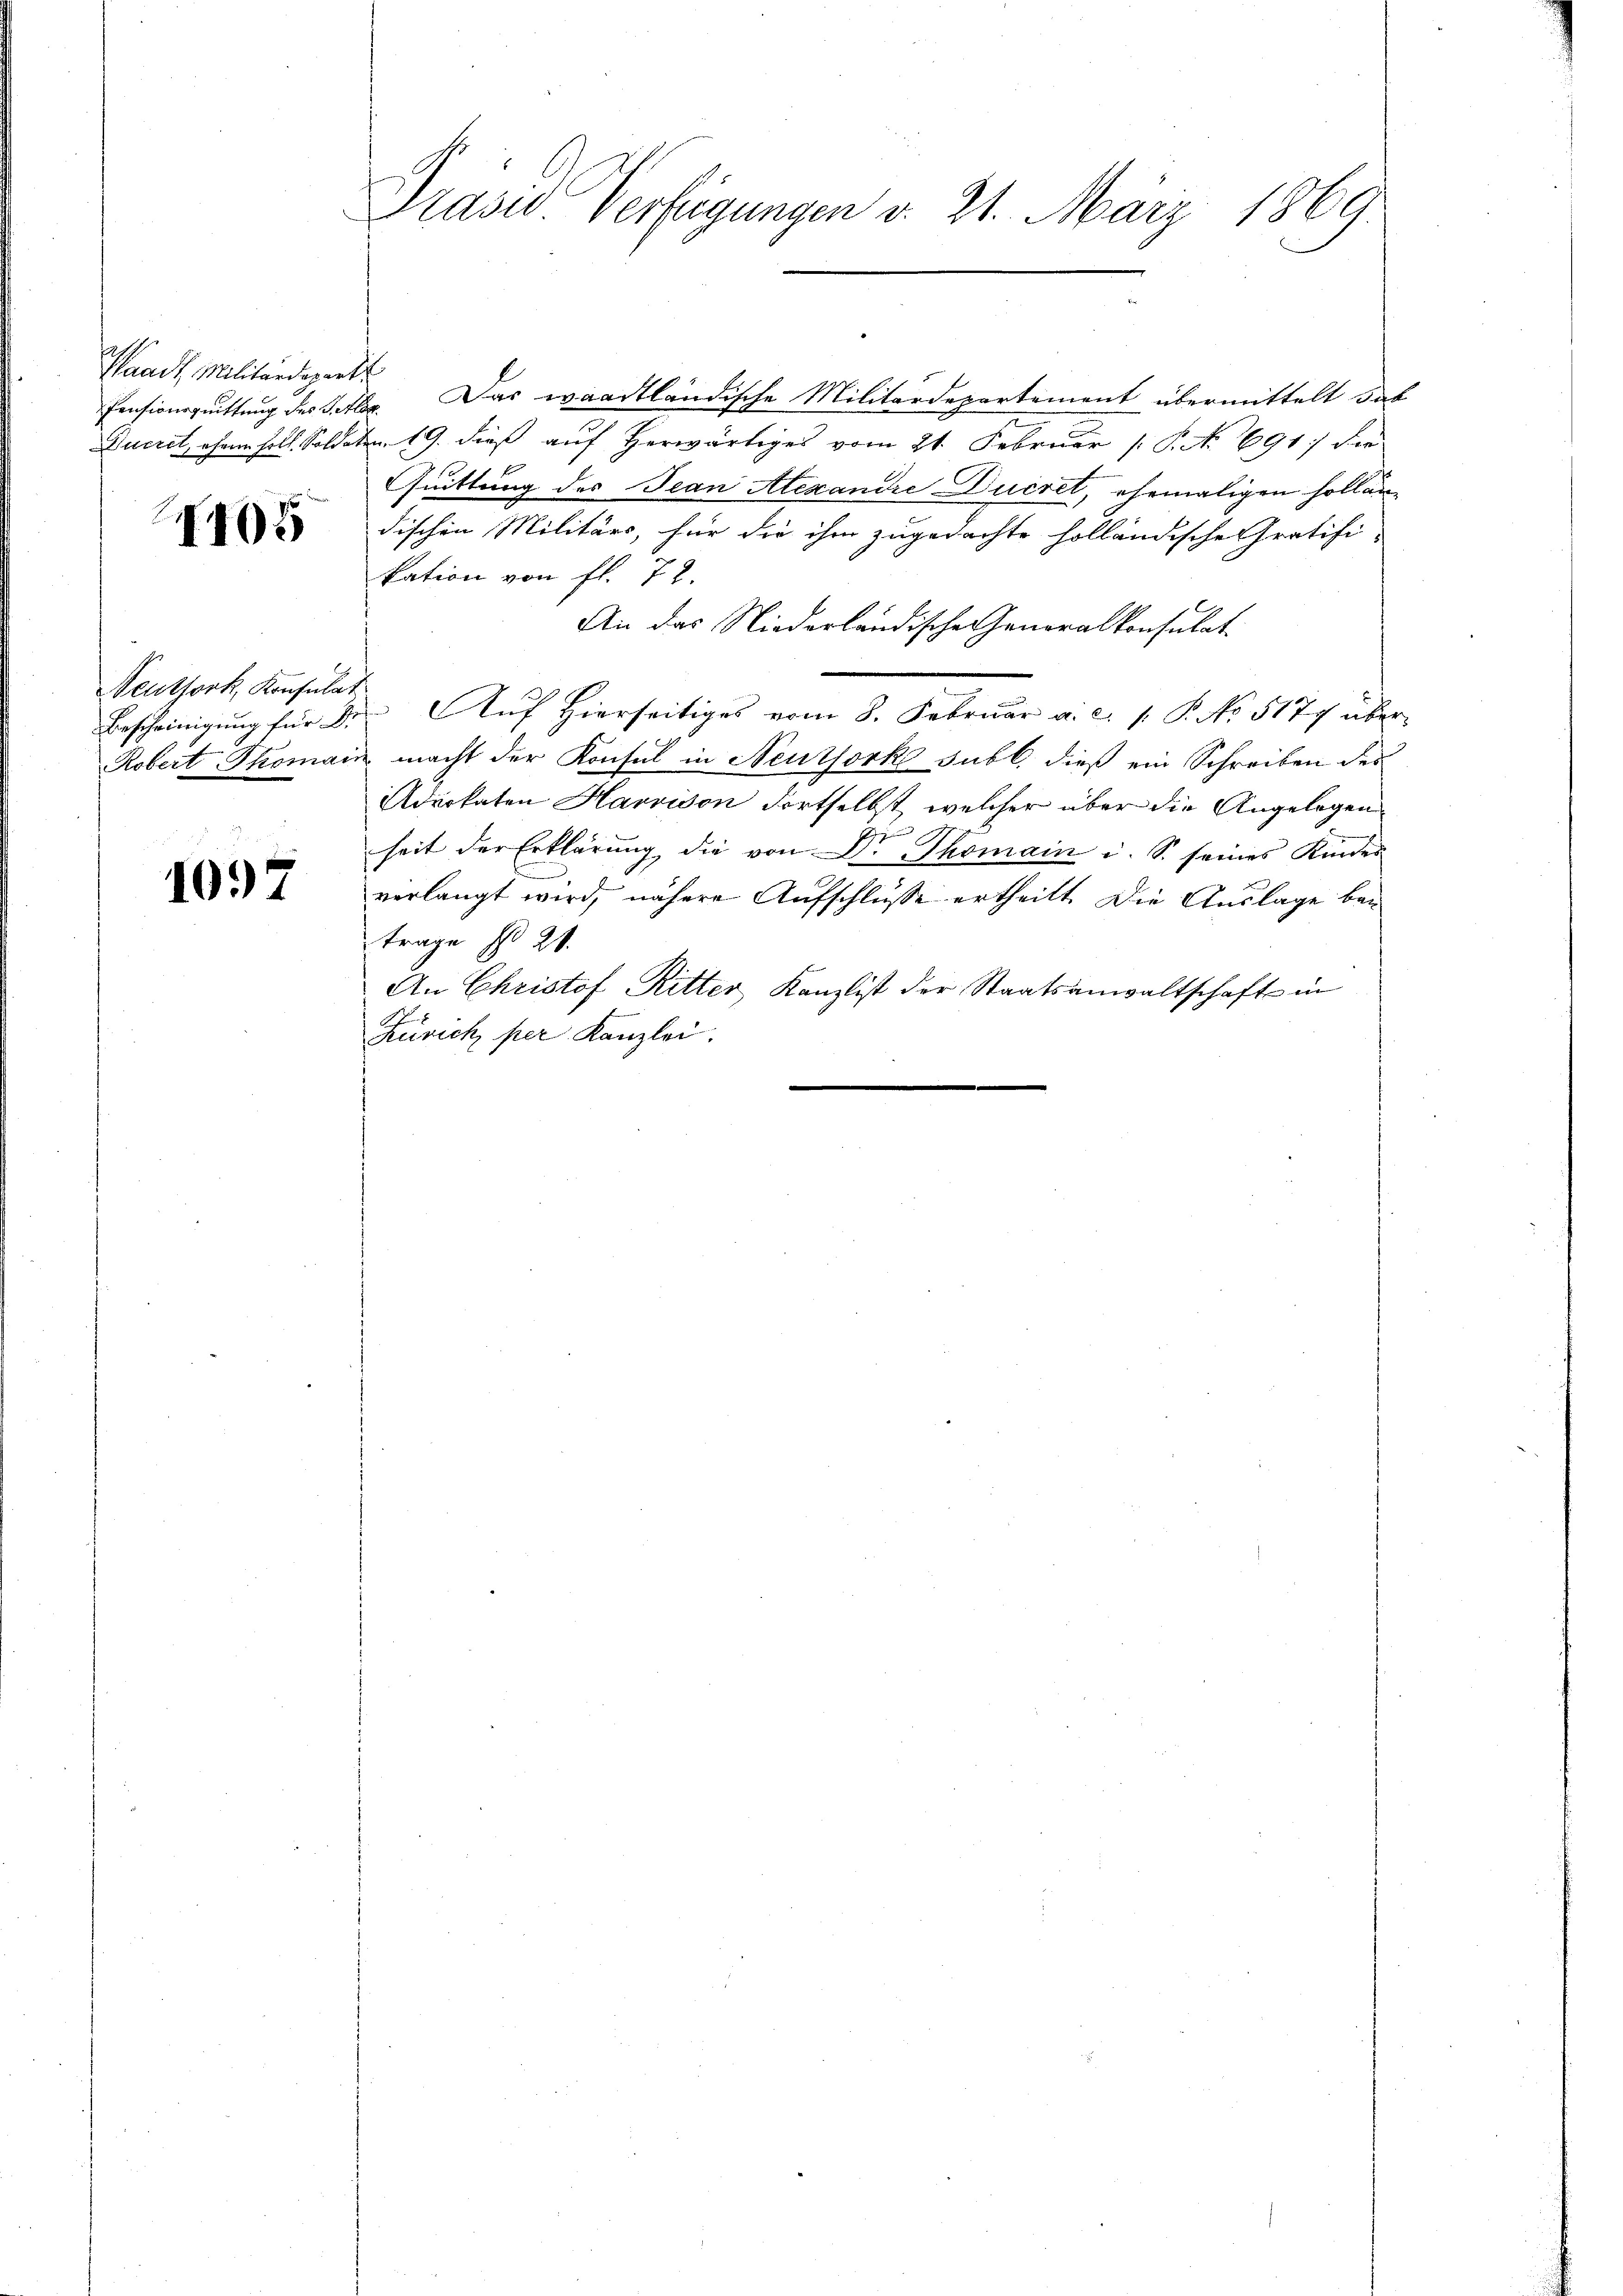
Waadt, Militärdepart
Pensionsquittung des Bette
Ducrit, ohne soll. Soldate

I405

Neuthork, Konsulat
Bescheinigung für Dr
Robert Thomai

1097

Präses Verfügungen v. 21. März 1869

Das waadtländische Militärdepartement übermittelt das
.
m 19. dieß auf herwärtiges vom 21. Februar ( P. No 691. der
Quittung des Jean Alexandre Ducret, ehemaligen Holländischen Militärs, für die ihm zugedachte holländische Gratifi-
kation von fl. 72.
An das Niederländische Generalkonsulat
Auf Hierseitiges vom 8. Februar a. c. 1 P. No. 5177 über
 macht der Konsul in Neuthork subl. dieß ein Schreiben des
Advokaten Harrison dortselbst, welcher über die Angelegen
heit der Erklärung die von Dr. Thomain u. S. seines Kinder
verlangt wird, nähere Aufschlüsse ertheilt. Die Auslage ban
trage No 21.
An Christof Ritter Kanzlist der Staatsanwaltschaft in
Zürich per Kanzlei.